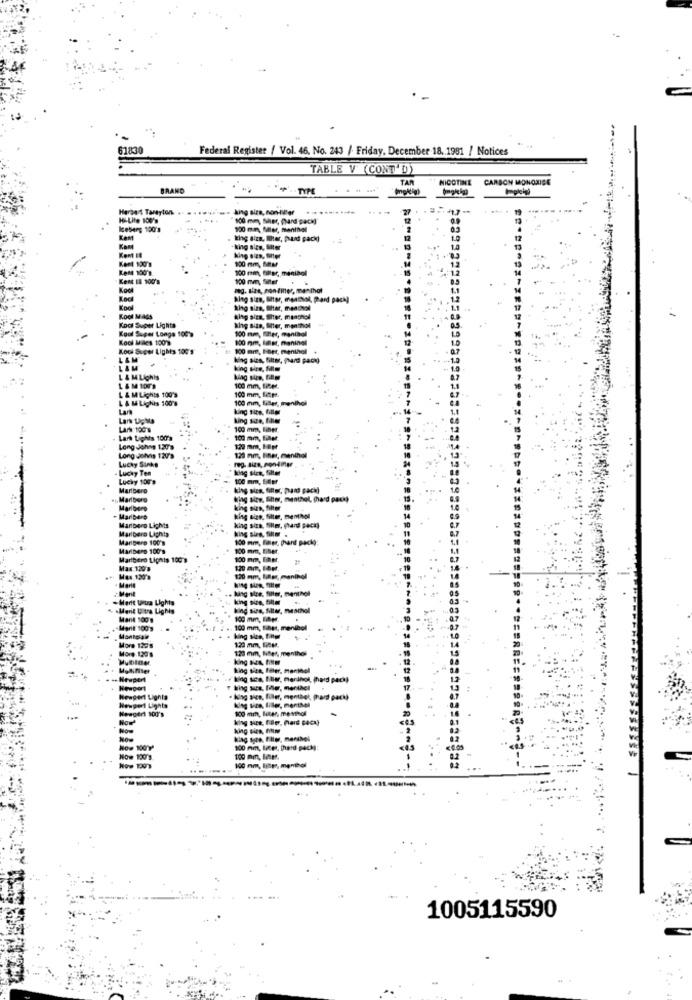
61830
Federal Register / Vol. 46, No. 243 / Friday, December 18. 1981 / Notices
TABLE V (CONT'D)
TAR
NICOTINEE
CARBON MONOXIDE
BRAND
4P'-TYPE
.....
Herbert Tareyton
king size, non-Per
100 mm, Ser, Guard pack)
Iceberg 100's
100 mm, Mler, maninel
. king size, Ilter, puuud pack)
Kent ##
Kant
-king sics, Miter
Kort 100'1
king sizs, Sitter
100 mm, MM
Ken 100'1.
100 min, Sillac, menihol
Kens LE 100'9
100 mm, Siter
Kool
meg. size, con filter, menthal
king size, tiltar, menthol
Kool Mads
Kool Super Lighta
Kool Super Longs 100'9
Alig size, Sitter, menthol H
100 mm, Eller, maniaol
Kool Males 100'9
100 mm, last, maninel
Kool Super Lights 100 9
ti 100 mm, Biber, menthol +
L&M
king size, filter, Phard Pack)
L&M
king sine, film
L & MLight
L & M 1OF1
L &MLights 100'3
100 mm, Si2M.
L & M Lights 100'e
100 mm, fipe
100 mm, liler, menthol
Lara
king size,
Lark 100's
100 mm, tiner
Lars Lights 100'a
100 mm, filer
Long John 1.20's
120 mm, Holpr
Lucky Sinke
Long delvis 12V'9
120 mm, tiner, menthol
. Lucky Ten
klag sire, Siter
Lucky toms
100 mm, fidler
Maribero
. king sies, fiter, hans pack)
. Marlboro
King size, Bitter, menthol, thard pach)
Marlboro
king size, filter
- MariDere
king size, Sitter, menthol
Maripero Lighta
Marlboro Lights
king size, filter, (hard pack)
Marigero 100's
100 mm, filer, phant pacio:
MariDero 100'9
100 mm, tiller.
Martbero Lights 100 g
100 mm, Einer.
Max 120 8
Max 1.20'a
120 mm, lalar, menthol
Marie
.. king size, filter, menthol
. Merit tetra Lights
. king size, filter
.Marit Uitra Lights
king size, Siter, menthol
Mant 100 1
100 mm, capr
Marit 100's
100 mm, fiber, menibel
Montoiale
king size, Fintgl
More 120's
More 129's
120 min, Miller, menthes
120 mm, Ei:M.
Mulblater
king size, feler, menthol
.+ Newport
.king sica, Eller, menthol, (hard pack)
Newport
Reagert Lighta
. king sics, füller, menthe), (hard pack)
Newgeri 100's
Newport Lights
king size, filler, menthei
100 mm, Hier, mendl
How
king size, filler, hard Back)
Now
king Bien, FNM
100 mm, liter, [hard-pack):
How 100's
100 mm, Imer, menthol
1005115590